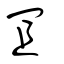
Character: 冝